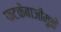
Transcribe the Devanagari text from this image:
फटकेबाजीमुळे